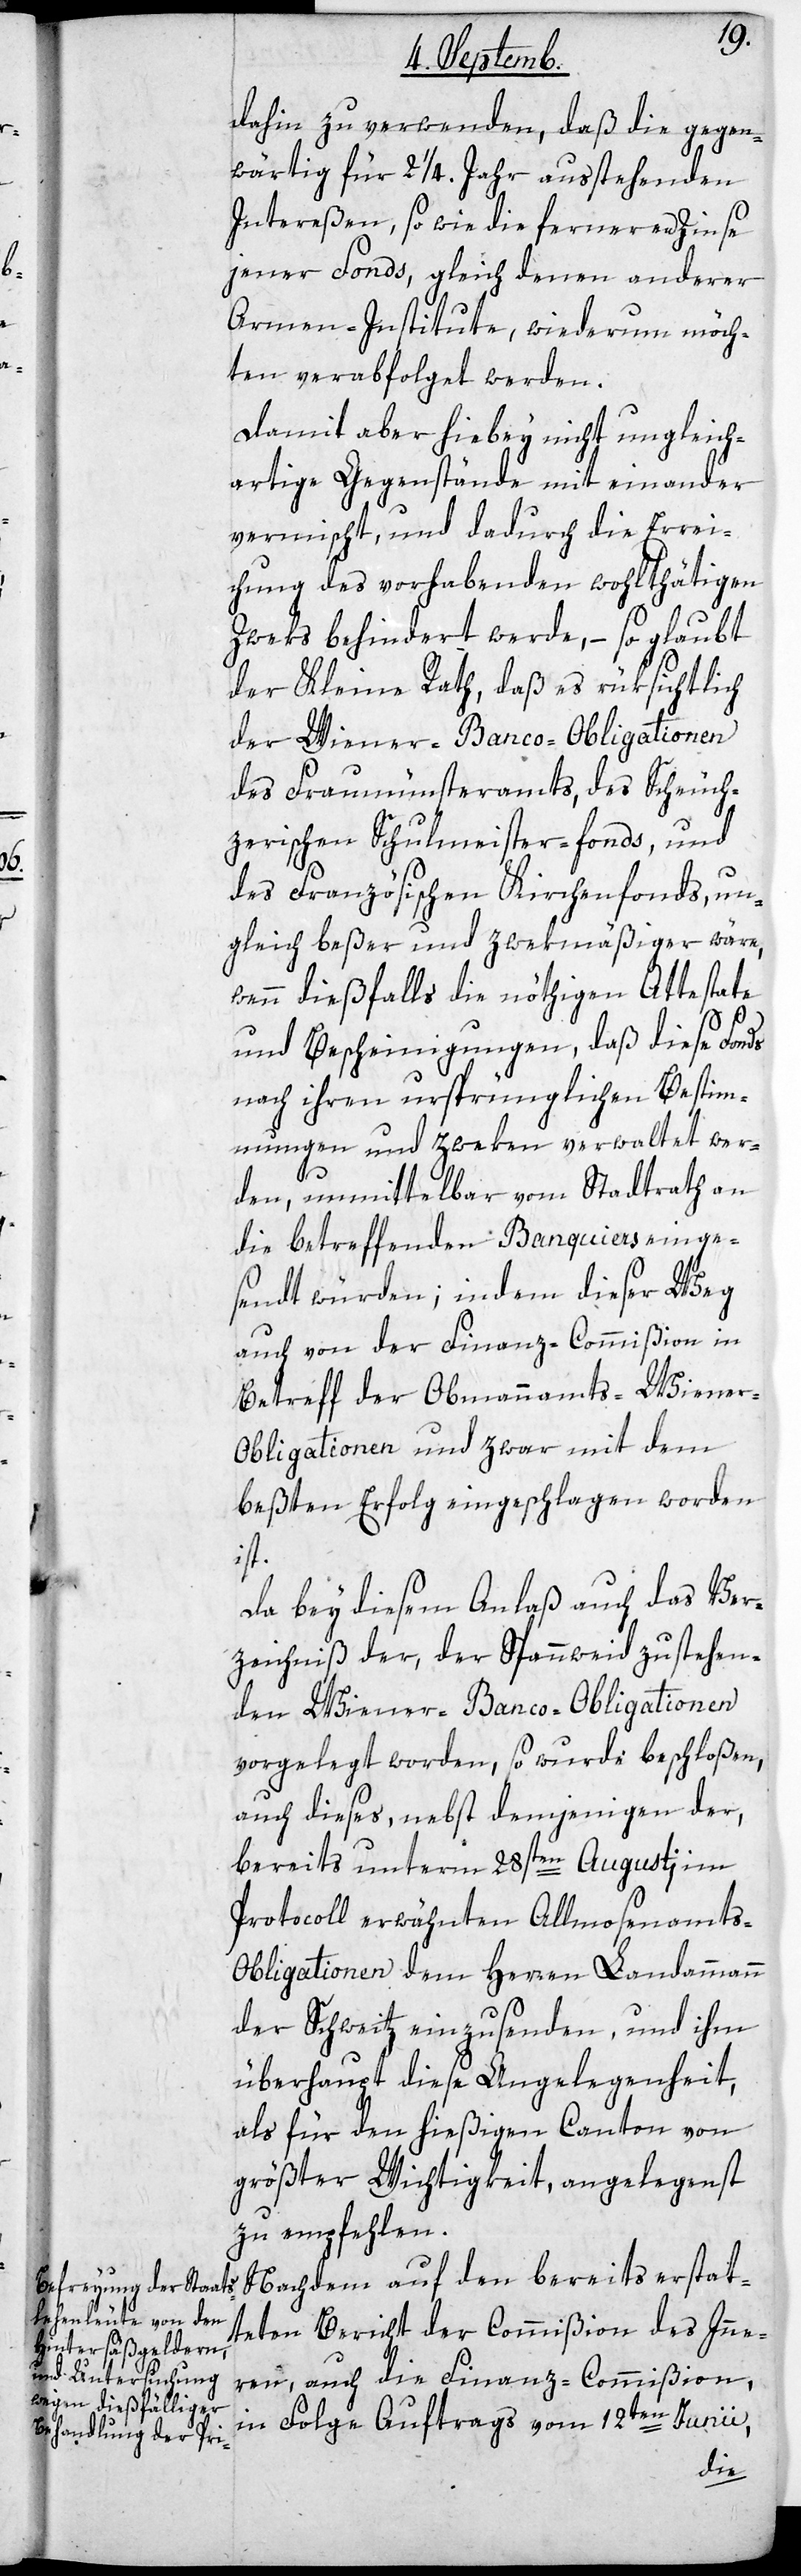
dahin zu verwenden, daß die gegen¬
wärtig für 2 1/4. Jahr ausstehenden
Intereßen, sowie die ferneren Zinse
jener Fonds, gleich denen anderer
Armen-Institute, wiederum möch¬
ten verabfolget werden.
Damit aber hiebey nicht ungleich¬
artige Gegenstände miteinander
vermischt, und dadurch die Errei¬
chung des vorhabenden wohlthätigen
Zweks behindert werde, – so glaubt
der Kleine Rath, daß es rüksichtlich
der Wiener-Banco-Obligationen
des Fraumünsteramts, des Scheuch¬
zerischen Schulmeister-Fonds, und
des Französischen Kirchenfonds, un¬
gleich beßer und zwekmäßiger wäre,
wenn dießfalls die nöthigen Attestate
und Bescheinigungen, daß diese Fonds
nach ihren ursprünglichen Bestim¬
mungen und Zweken verwaltet wer¬
den, unmittelbar vom Stadtrath an
die betreffenden Banquiers einge¬
sandt würden; indem dieser Weg
auch von der Finanz-Commißion in
Betreff der Obmannamts-Wiene¬
r-Obligationen, und zwar mit dem
beßten Erfolg eingeschlagen worden
ist.
Da bey diesem Anlaß auch das Ver¬
zeichniß der, der Spannweid zustehen¬
den Wiener-Banco-Obligationen
vorgelegt worden, so wurde beschloßen,
auch dieses, nebst demjenigen der,
bereits unterm 28sten Augusti im
Protocoll erwähnten Allmosenamt¬
s-Obligationen dem Herren Landammann
der Schweitz einzusenden, und ihm
überhaupt diese Angelegenheit,
als für den hießigen Canton von
größter Wichtigkeit angelegenst
zu empfehlen.
Nachdem auf den bereits erstat¬
teten Bericht der Commißion des Inne¬
rn, auch die Finanz-Commißion,
in Folge Auftrags vom 12ten Junii,